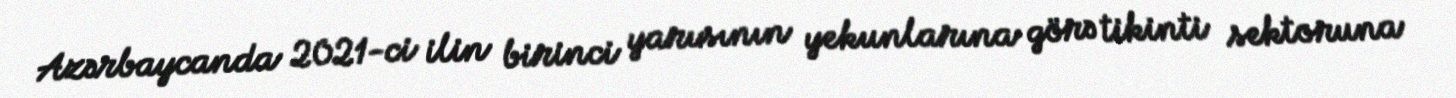
Azərbaycanda 2021-ci ilin birinci yarısının yekunlarına görə tikinti sektoruna